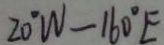
2 0 ^ { \circ } W - 1 6 0 ^ { \circ } E